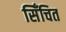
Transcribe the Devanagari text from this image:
सिँचित